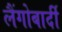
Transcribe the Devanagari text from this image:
लैंगोबार्दी